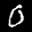
Label: 0